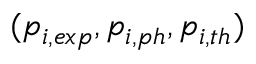
( p _ { i , e x p } , p _ { i , p h } , p _ { i , t h } )